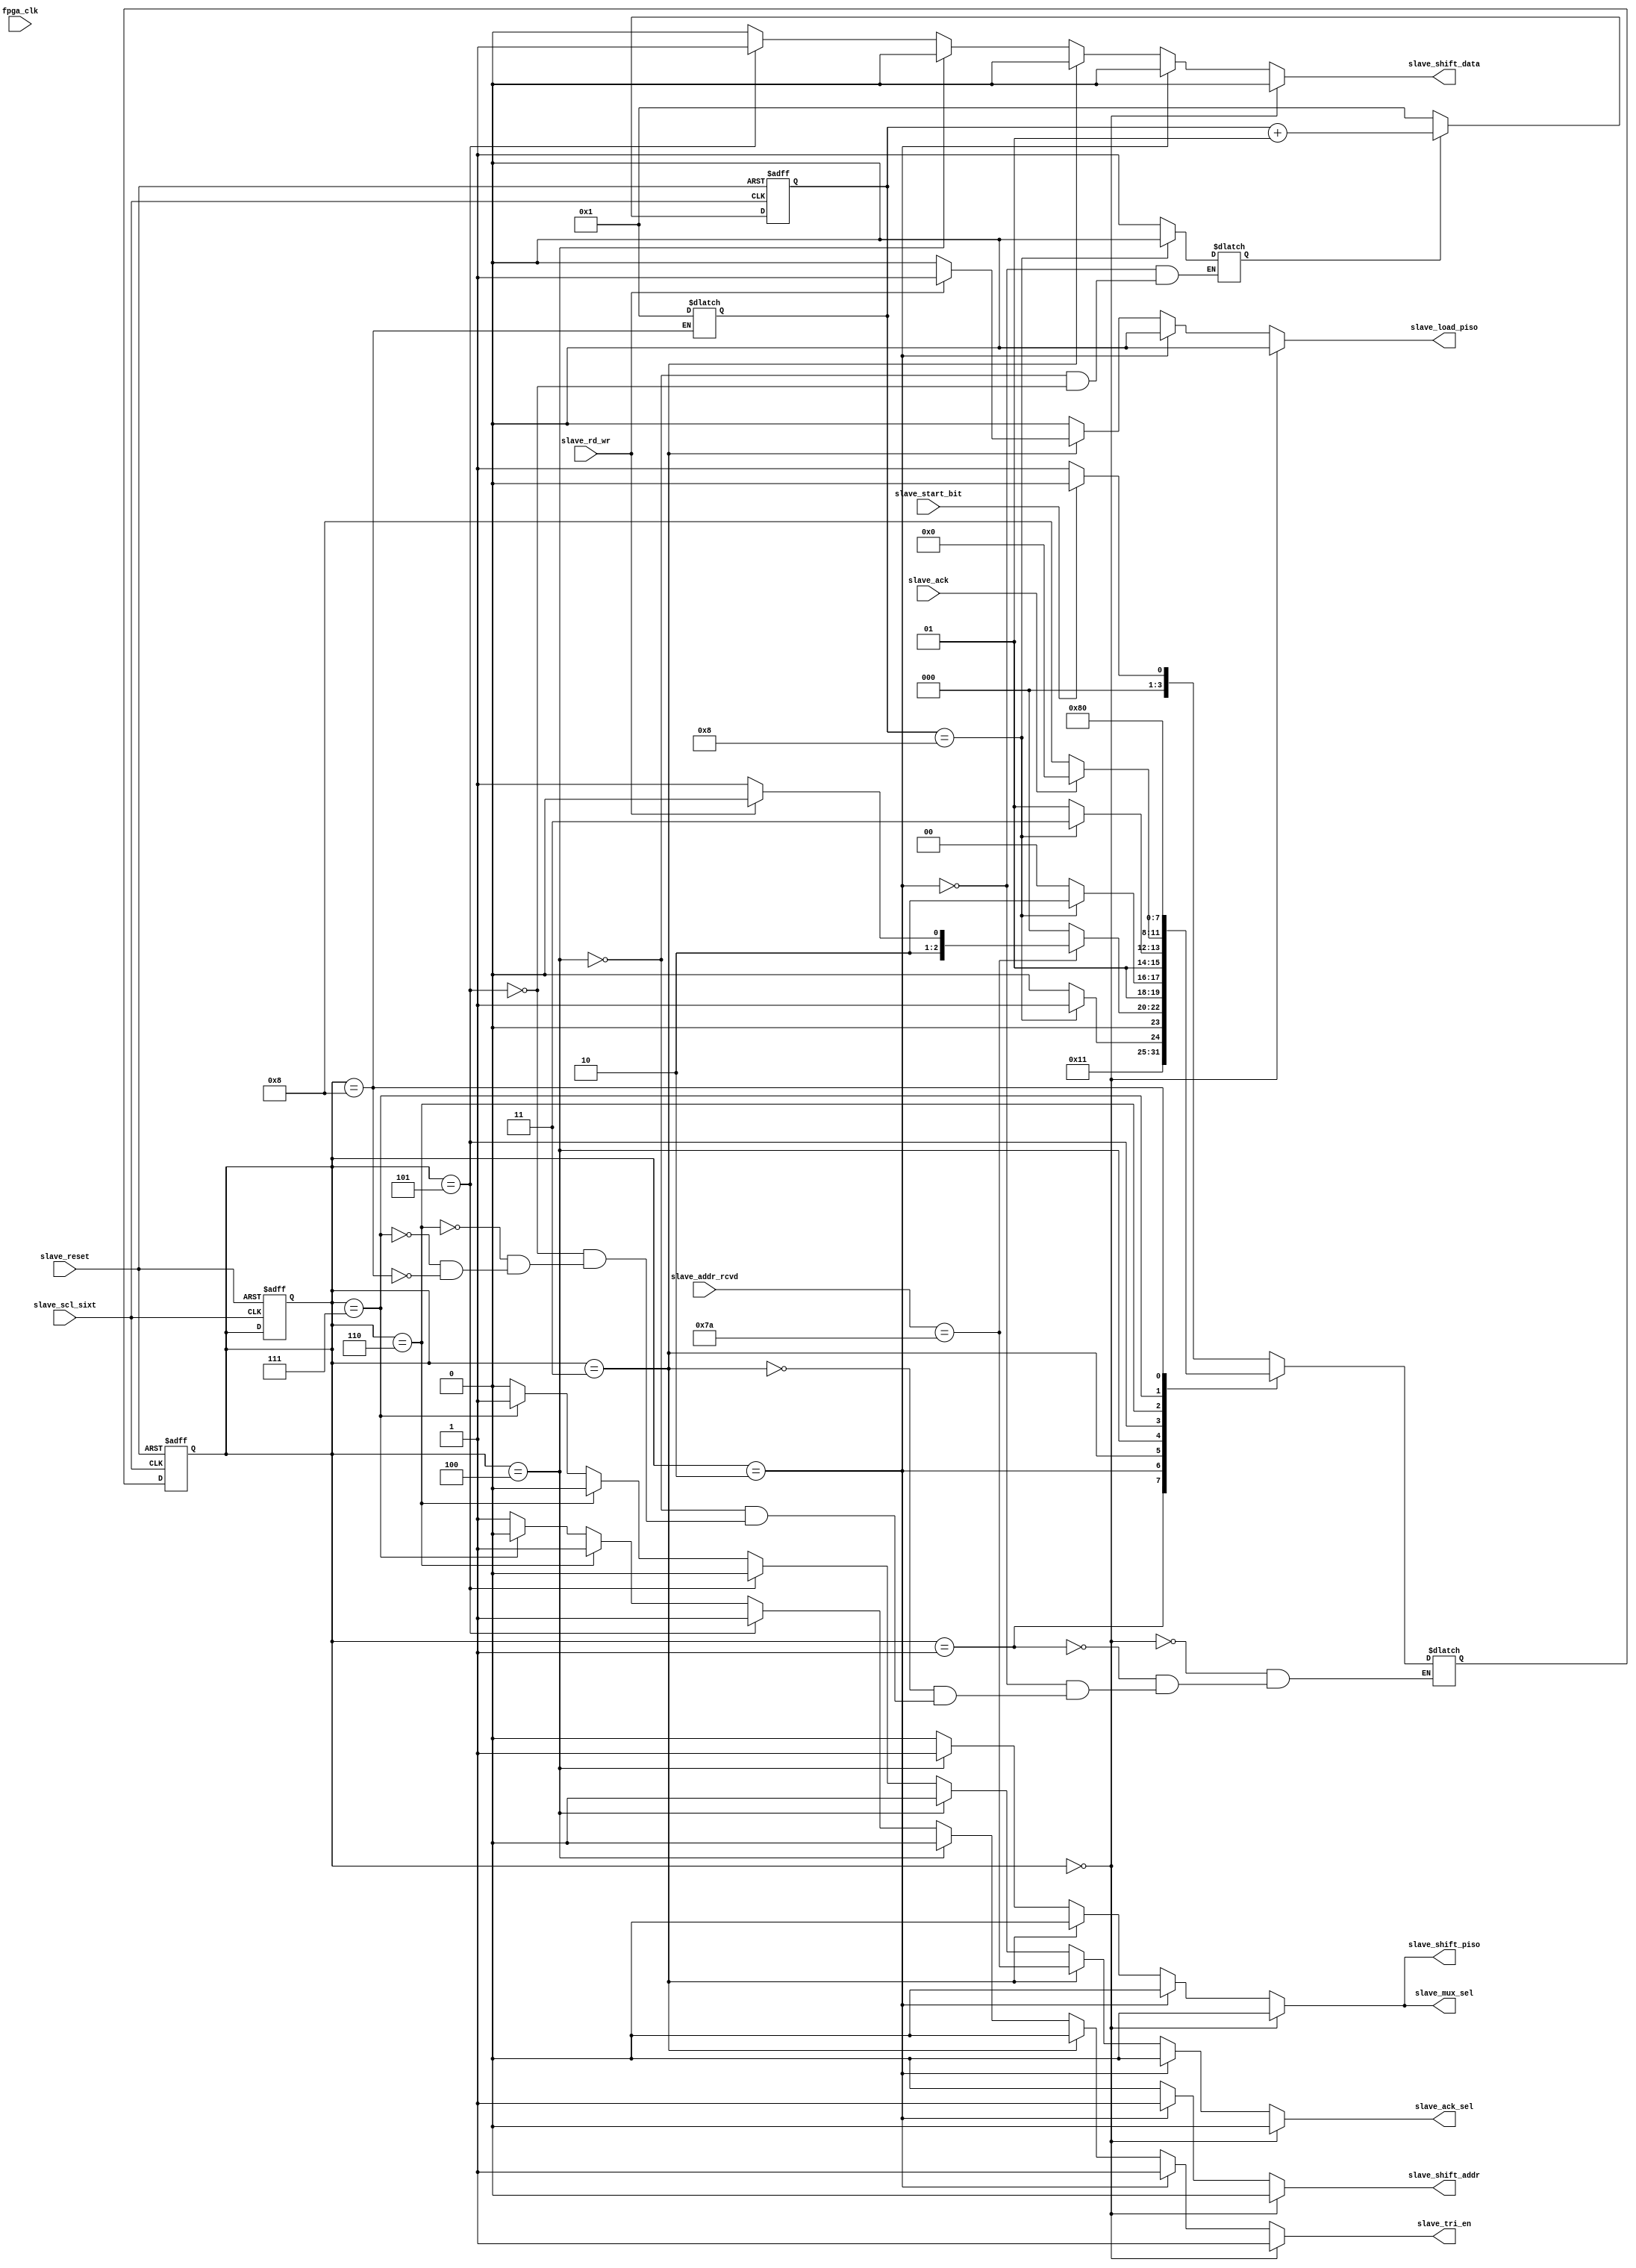
// code for fsm of slave starts here
module slave_fsm(fpga_clk, slave_tri_en, slave_shift_addr, slave_shift_piso, slave_load_piso, 
                   slave_shift_data, slave_ack_sel, slave_mux_sel, slave_scl_sixt,slave_ack, slave_start_bit,
                      slave_addr_rcvd, slave_rd_wr, slave_reset);

input slave_scl_sixt, slave_reset, fpga_clk; // ye fpga clk faltu ka signal h
input slave_ack, slave_start_bit;
input slave_rd_wr;
input [6:0] slave_addr_rcvd;
output reg slave_tri_en, slave_ack_sel, slave_mux_sel;
output reg slave_shift_piso, slave_load_piso;
output reg slave_shift_addr, slave_shift_data;
parameter slave_device_addr = 7'b 1111010; // ye address de diya h slave ko

parameter sdetect_start = 4'b0000, sstart = 4'b0001, saddress_detect = 4'b0010, sread_write = 4'b0011, ssend_data = 4'b0100,
            srecieve_data= 4'b0101, sack_send = 4'b0110, sack_rcvd = 4'b0111, sdetect_stop = 4'b1000;

reg [3:0] s_state;
reg [3:0] s_next_state;
reg go_slave;
integer slave_count;
reg slave_check;

always@(negedge slave_scl_sixt, negedge slave_reset)
if(!slave_reset) begin
slave_count <= 1;
s_state<= sdetect_start;
end
else if (go_slave)
slave_count <= slave_count +1;
else 
slave_count <= 1;

always@(slave_ack, s_state, slave_start_bit, slave_rd_wr, slave_addr_rcvd)
case(s_state)
sdetect_start: s_next_state = (!slave_start_bit) ? sstart : sdetect_start;// o detech hua h toh start state m chla jaye 

sstart:
 s_next_state = saddress_detect;
saddress_detect : begin
go_slave = (slave_count == 8) ? 0:1;
s_next_state = (slave_count ==8 ) ? sread_write : saddress_detect;
end

sread_write :
s_next_state = (slave_addr_rcvd == slave_device_addr) ? (slave_rd_wr ? ssend_data : srecieve_data): (slave_rd_wr ? sdetect_start : sdetect_start);
// if address match hi nhi hua toh it goes to ideal state
ssend_data:begin
go_slave = (slave_count == 8)?  0:1; // send date jayega from PISO
s_next_state = (slave_count ==8 )? sack_send: ssend_data;
end

srecieve_data : begin
go_slave = (slave_count == 8)? 0:1;
s_next_state = (slave_count == 8)? sack_rcvd : srecieve_data;

end

sack_send:// yha pe slave ko recieve milegi toh if nhi mili toh go back toh ideal state
s_next_state = slave_ack ? sdetect_start : sdetect_stop;

sack_rcvd:// yha pe slave ne bheji h
s_next_state = sdetect_stop;// yha toh hum hi bhej rhe h toh stop state direct

sdetect_stop :
begin
s_next_state = sdetect_start;
slave_count = 1;
end
endcase

always@(negedge slave_scl_sixt, negedge slave_reset)
if(!slave_reset)
s_state = sdetect_start;
else 
s_state <= s_next_state;

always@(s_state, slave_rd_wr)
if (s_state == sdetect_start)
begin
slave_tri_en = 1;
slave_ack_sel = 0;
slave_mux_sel = 0;
slave_shift_piso = 0;
slave_load_piso = 0;
slave_shift_data = 0;
slave_shift_addr = 0;
end

else if (s_state == saddress_detect)
begin
slave_tri_en = 1;// add. detect state pe bhi udhar se hi aana h toh tri en = 1
slave_ack_sel = 0;
slave_mux_sel = 0;
slave_shift_piso = 0;
slave_load_piso = 0;
slave_shift_data = 0;
slave_shift_addr = 1;
end

else if (s_state == sread_write)
begin
slave_tri_en = 0;
slave_ack_sel = (slave_addr_rcvd== slave_device_addr); // ye mealy ban gya kyuki state depend on both input(jo address master se mil rha h ) and state, 
slave_mux_sel = 0;
slave_shift_piso = 0;
slave_load_piso = slave_rd_wr ? 1:0;// tab data bhejna h tabhi load kare
slave_shift_data = 0;
slave_shift_addr = 0;
end

else if (s_state == ssend_data)
begin
slave_tri_en = 0;
slave_ack_sel = 0;
slave_mux_sel = 1; // 1 pe data jayega aur 0 pe acknowledgement
slave_shift_piso = 1;// kyuki data jayega
slave_load_piso = 0;
slave_shift_data = 0;
slave_shift_addr = 0;
end


else if (s_state == srecieve_data)
begin
slave_tri_en = 1;
slave_ack_sel = 0;
slave_mux_sel = 0;
slave_shift_piso = 0;
slave_load_piso = 0;
slave_shift_data = 1; // kyuki hum SIPO m dalege dats
slave_shift_addr = 0;
end

else if (s_state == sack_send)// matlab data send ke liye ack. jo mila h i.e. it is ack. from master
begin// ye ack directly jayegi FSM m
slave_tri_en = 1;
slave_ack_sel = 0;
slave_mux_sel = 0;
slave_shift_piso = 0;
slave_load_piso = 0;
slave_shift_data = 0;
slave_shift_addr = 0;
end

else if (s_state == sack_rcvd)
begin
slave_tri_en = 0;
slave_ack_sel = 1;
slave_mux_sel = 0;
slave_shift_piso = 0;
slave_load_piso = 0;
slave_shift_data = 0;
slave_shift_addr = 0;
end


else if (s_state == sdetect_stop)
begin
slave_tri_en = 1;// kyuki stop toh udhar se hi aayega na
slave_ack_sel = 0;
slave_mux_sel = 0;
slave_shift_piso = 0;
slave_load_piso = 0;
slave_shift_data = 0;
slave_shift_addr = 0;
end

else // means errorneous state means kisi state ki value se match na kar rha ho
begin
slave_tri_en = 1;
slave_ack_sel = 0;
slave_mux_sel = 0;
slave_shift_piso = 0;
slave_load_piso = 0;
slave_shift_data = 0;
slave_shift_addr = 0;
end

endmodule

// code for FSM slave ends here